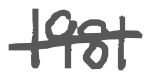
Text: 1981
Cross-out: single-line
Writing tool: digital_gray